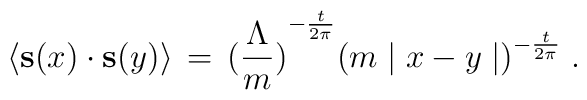
\langle {\bf s}(x) \cdot {\bf s}(y) \rangle \,=\,{(\frac{\Lambda}{m})}^{-\frac{t}{2 \pi}} {( m \mid x - y \mid)}^{-\frac{t}{2 \pi}} \;.